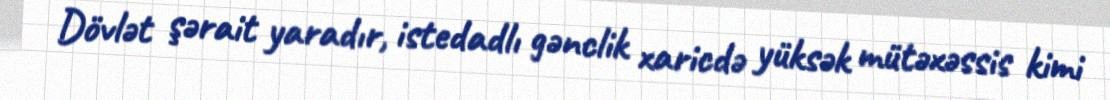
Dövlət şərait yaradır, istedadlı gənclik xaricdə yüksək mütəxəssis kimi